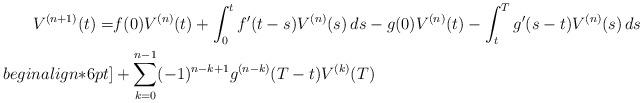
LaTeX: \begin{align*}V^{(n+1)}(t) = & f(0) V^{(n)}(t) + \int_0^t f'(t-s) V^{(n)}(s) \, ds - g(0) V^{(n)}(t) - \int_t^T g'(s-t) V^{(n)}(s) \, ds \\begin{align*}6pt]& + \sum_{k=0}^{n-1} (-1)^{n-k+1} g^{(n-k)}(T-t) V^{(k)}(T)\end{align*}